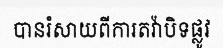
បានរំសាយពីការតវ៉ាបិទផ្លូវ